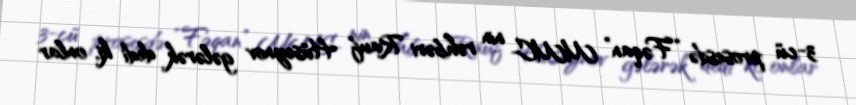
3-cü prosesdə “Fəqan” MMC- nin rəhbəri Rauf Hüseynov gələrək dedi ki, onlar